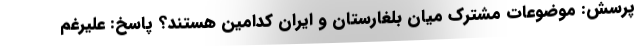
پرسش: موضوعات مشترک میان بلغارستان و ایران کدامین هستند؟ پاسخ: علیرغم